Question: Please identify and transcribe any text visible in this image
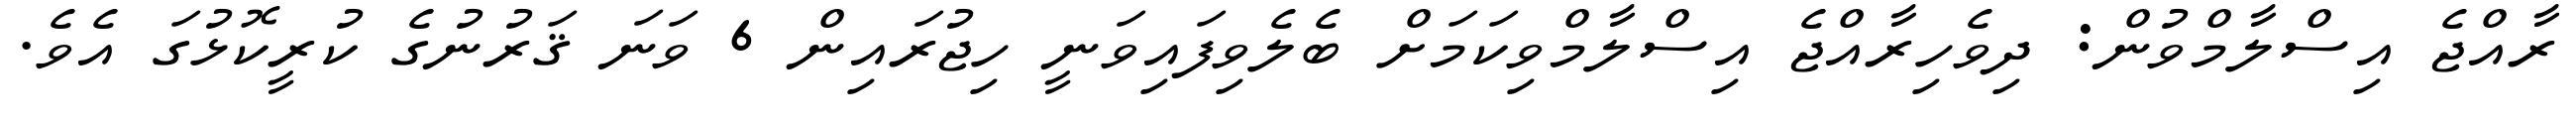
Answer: ރާއްޖެ އިސްލާމްވުން: ދިވެހިރާއްޖެ އިސްލާމްވިކަމަށް ބެލެވިފައިވަނީ ހިޖުރައިން 6 ވަނަ ޤަރުނުގެ ކުރީކޮޅުގަ އެވެ.